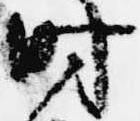
時